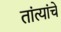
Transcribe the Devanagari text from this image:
तांत्यांचे